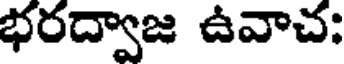
భరద్వాజ ఉవాచ;